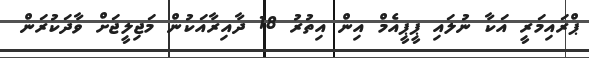
ޕްރައިމަރީ އަކާ ނުލައި ޕީޕީއެމް އިން އިތުރު 18 ދާއިރާއަކުން މަޖިލީޖަށް ވާދަކުރަން